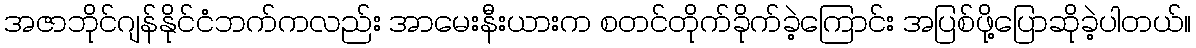
အဇာဘိုင်ဂျန်နိုင်ငံဘက်ကလည်း အာမေးနီးယားက စတင်တိုက်ခိုက်ခဲ့ကြောင်း အပြစ်ဖို့ပြောဆိုခဲ့ပါတယ်။